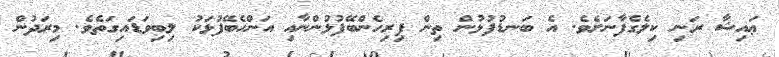
ޢައިޝާ ރަނި ކިލެގެފާނަށެވެ. އެ ބަނޑުފުޅުން ތިން ފިރިހެންބޭފުޅުންނާއި އަންހެބޭފުޅަކު ލިބިވަޑައިގަތެވެ. މިރަދުން